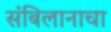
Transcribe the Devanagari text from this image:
संबिलानाचा